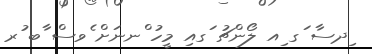
ިދސާ ަގ ިއ ލޯންޗު ަގއި މީހު ްނނަށް ެވސް ާބ ުރ